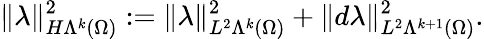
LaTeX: \Vert\lambda\Vert_{H\Lambda^{k}(\Omega)}^{2}:=\Vert\lambda\Vert_{L^{2}\Lambda^{k}(\Omega)}^{2}+\Vert d\lambda\Vert_{L^{2}\Lambda^{k+1}(\Omega)}^{2}.